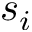
s _ { i }